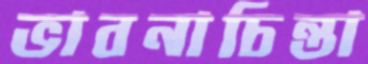
ভাবনাচিন্তা